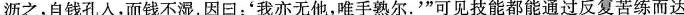
沥之，自钱孔入，而钱不湿。因回：'我亦无他，唯手熟尔。'”可见技能都能通过反复苦练而达